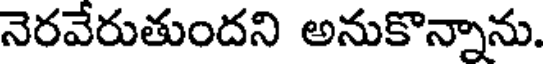
నెరవేరుతుందని అనుకొన్నాను.